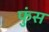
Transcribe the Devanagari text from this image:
फुंस